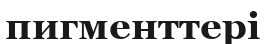
пигменттері